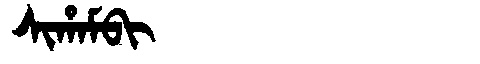
Manchu: ᠰᡳᡥᠠᠮᠪᡳ
Romanization: SIHAMBI